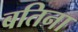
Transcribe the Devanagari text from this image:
बतिना